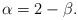
LaTeX: \begin{align*}\alpha=2-\beta.\end{align*}